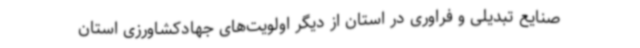
صنایع تبدیلی و فراوری در استان از دیگر اولویت‌های جهادکشاورزی استان